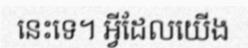
នេះទេ។ អ្វីដែលយើង